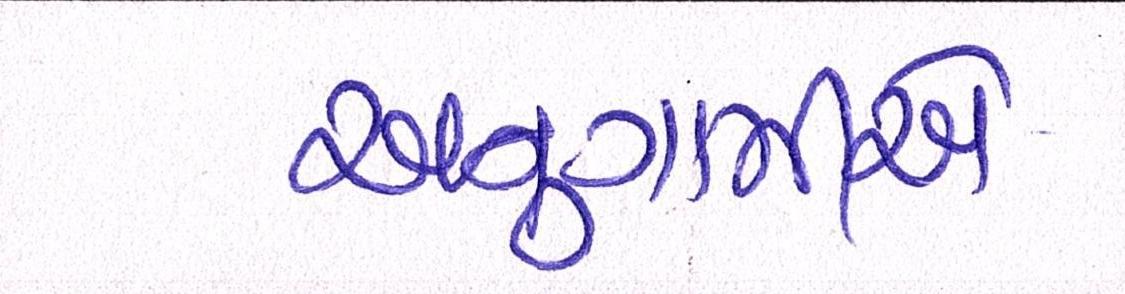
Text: અનુગામીએ